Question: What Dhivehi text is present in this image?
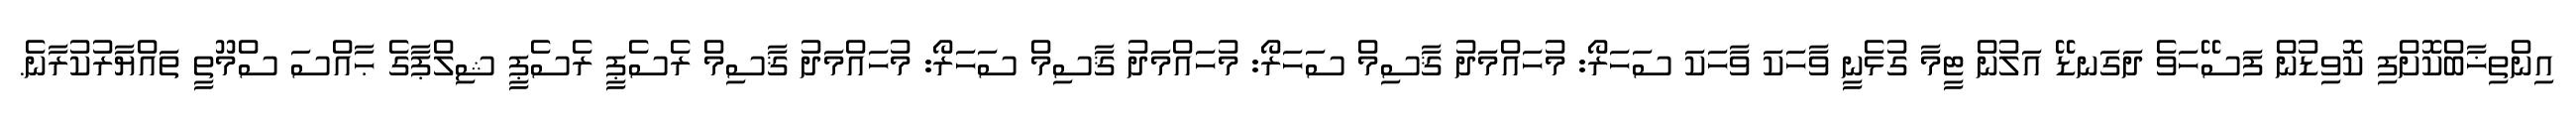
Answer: އިންތިޚާބްކޮށްފި ކޮވިޑުން ފަސޭހަވެ ދަގަނޑޭ އަލުން ޓީމާ ގުޅެނީ ވާހަކަ ވާހަކަ ސަހަރޯ: މުހައްމަދު ޤާސިމް ސަހަރޯ: މުހައްމަދު ޤާސިމް ސަހަރޯ: މުހައްމަދު ޤާސިމް ރެސެޕީ ރެސެޕީ ޝިލްޕާގެ ޙާއްސަ ސްމޫތީ ތައްޔާރުކުރާނެ.